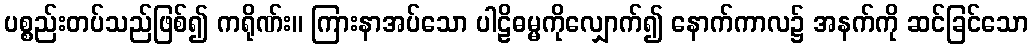
ပစ္စည်းတပ်သည်ဖြစ်၍ ကရိုဏ်း။ ကြားနာအပ်သော ပါဠိဓမ္မကိုလျှောက်၍ နောက်ကာလ၌ အနက်ကို ဆင်ခြင်သော